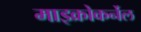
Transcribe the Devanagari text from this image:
माइक्रोकर्नेल